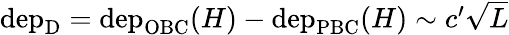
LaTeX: \begin{array}{r}{\mathrm{dep}_{\mathrm{D}}=\mathrm{dep}_{\mathrm{OBC}}(H)-\mathrm{dep}_{\mathrm{PBC}}(H)\sim c^{\prime}\sqrt{L}}\end{array}